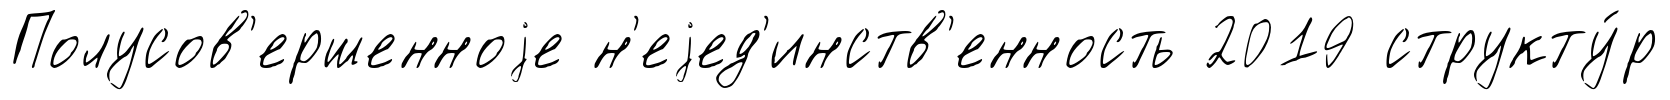
Полусов'ершенноjе н'еjед'инств'енность 2019 структу́р